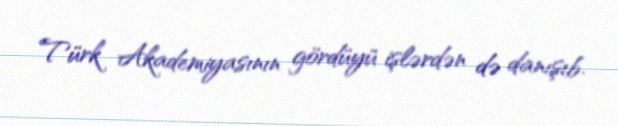
Türk Akademiyasının gördüyü işlərdən də danışıb.